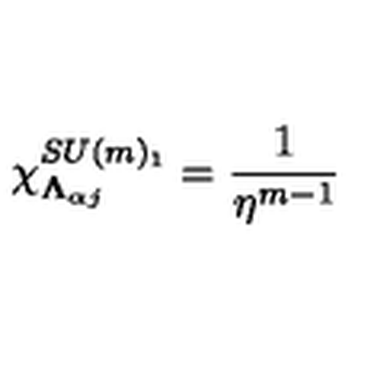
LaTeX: \chi _ { \mathbf { \Lambda } _ { \alpha j } } ^ { S U ( m ) _ { 1 } } = \frac { 1 } { \eta ^ { m - 1 } }